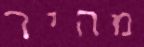
מהיר